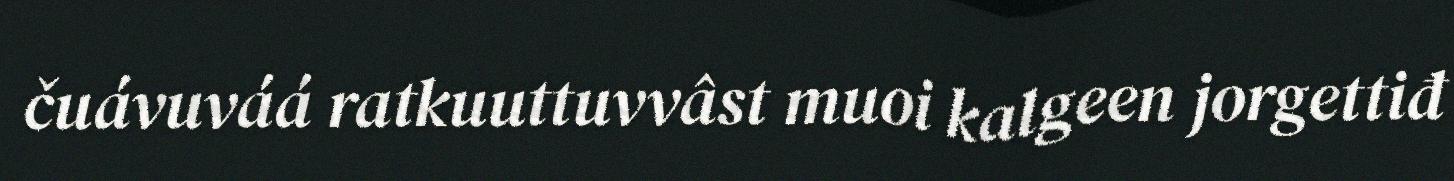
čuávuváá ratkuuttuvvâst muoi kalgeen jorgettiđ